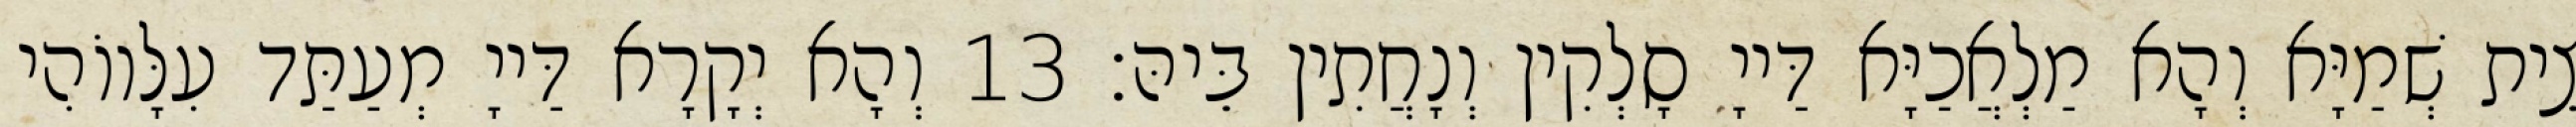
צֵית שְׁמַיָּא וְהָא מַלְאֲכַיָּא דַּייָ סָלְקִין וְנָחֲתִין בֵּיהּ׃ 13 וְהָא יְקָרָא דַּייָ מְעַתַּד עִלָּווֹהִי